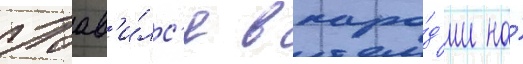
Поав'и́лс'я в паро́д'ии на́